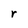
Character: r